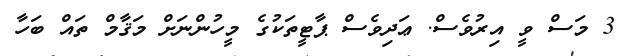
3 މަސް ވީ އިރުވެސް. ޢަދިވެސް ޕާޓީތަކުގެ މީހުންނަށް މަޤާމް ތައް ބަހާ